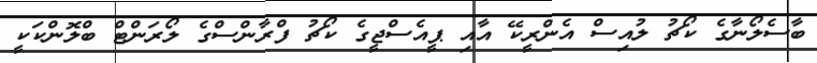
ބާސެލޯނާގެ ކޯޗު ލުއިސް އެންރީކޭ އާއި ޕީއެސްޖީގެ ކޯޗު ފްރާންސްގެ ލޯރަންޓް ބްލޮންކަކީ